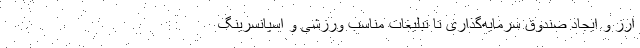
ارز و ایجاد صندوق سرمایه‌گذاری تا تبلیغات مناسب ورزشی و اسپانسرینگ